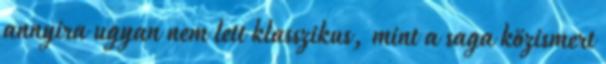
annyira ugyan nem lett klasszikus, mint a saga közismert